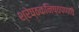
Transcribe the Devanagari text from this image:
श्रेष्ठकनिष्ठपणाचे